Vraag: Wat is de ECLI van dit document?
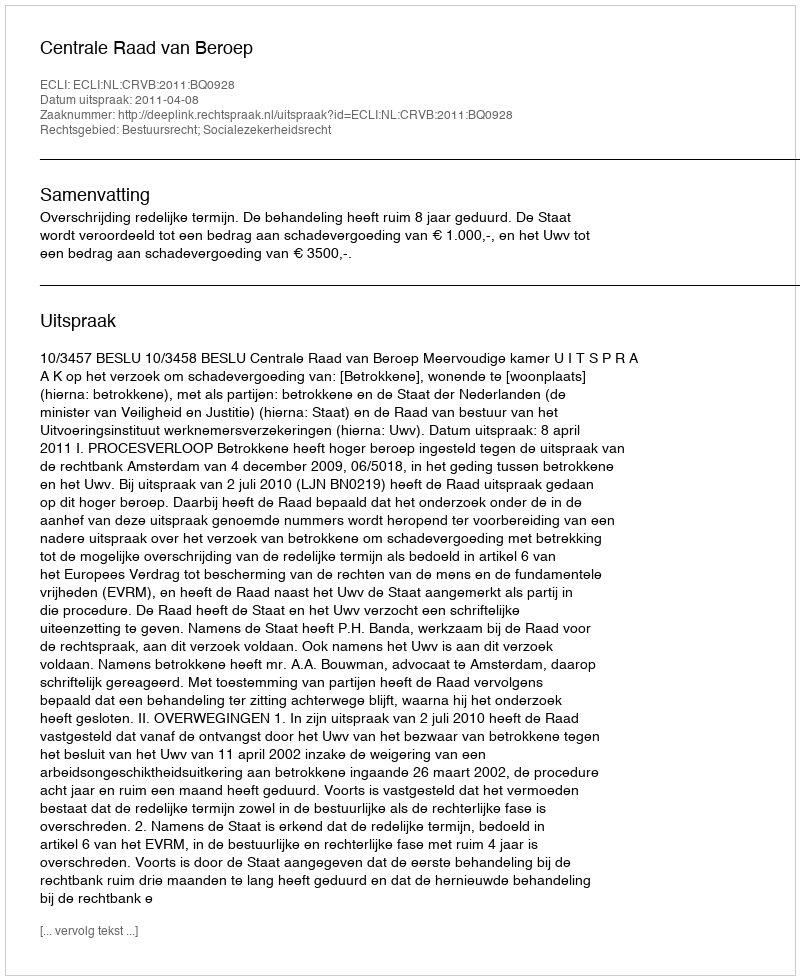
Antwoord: ECLI:NL:CRVB:2011:BQ0928